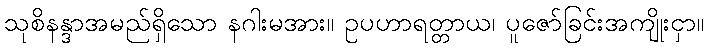
သုစိနန္ဒာအမည်ရှိသော နဂါးမအား။ ဥပဟာရတ္တာယ၊ ပူဇော်ခြင်းအကျိုးငှာ။